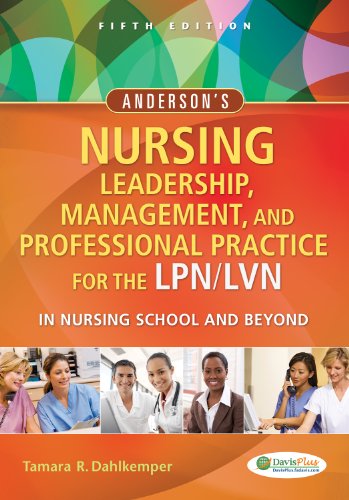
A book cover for Anderson's Nursing Leadership, Management, and Professional Practice For The LPN/LVN In Nursing School and Beyond; Tamara R. Dahlkemper; Medical Books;